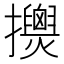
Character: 𢹰